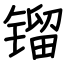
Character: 镏